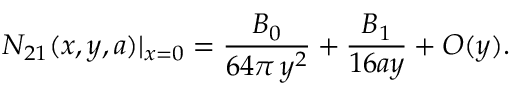
N _ { 2 1 } ( x , y , a ) | _ { x = 0 } = \frac { B _ { 0 } } { 6 4 \pi \, y ^ { 2 } } + \frac { B _ { 1 } } { 1 6 a y } + O ( y ) .